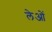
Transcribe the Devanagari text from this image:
लेओं